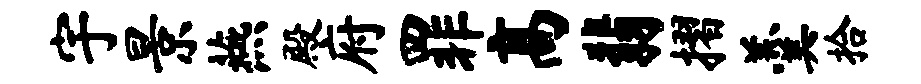
宇景燕殿府罪高翡摺羹拾